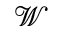
\mathcal { W }